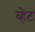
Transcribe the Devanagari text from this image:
व्हेट